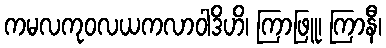
ကမလကုဝလယကလာဝါဒိဟိ၊ ကြာဖြူ၊ ကြာနီ၊